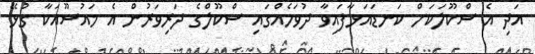
އަދި އެ ސްކޫލަކަށް ކަނޑައަޅާފައިވާ ދުވަހެއްގައި ސްކޫލްގެ ދަރިވަރުން އެ މައުޟޫއަކާ ގުޅޭ